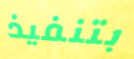
بتنفيذ